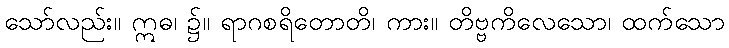
သော်လည်း။ ဣဓ၊ ၌။ ရာဂစရိတောတိ၊ ကား။ တိဗ္ဗကိလေသော၊ ထက်သော